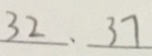
3 2 、 3 7